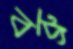
বব্রু